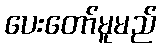
ပေးတော်မူမည်